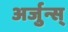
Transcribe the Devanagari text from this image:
अर्जुन्स्